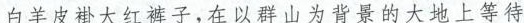
白羊皮褂大红裤子，在以山为背景的大地上等待